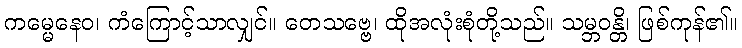
ကမ္မေနေဝ၊ ကံကြောင့်သာလျှင်။ တေသဗ္ဗေ၊ ထိုအလုံးစုံတို့သည်။ သမ္ဘဝန္တိ၊ ဖြစ်ကုန်၏။